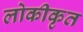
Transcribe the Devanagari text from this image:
लोकीकृत